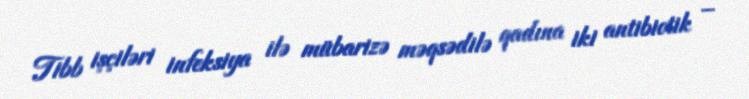
Tibb işçiləri infeksiya ilə mübarizə məqsədilə qadına iki antibiotik –